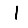
Digit: 1